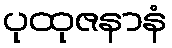
ပုထုဇနာနံ